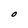
Character: O